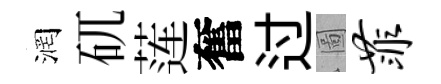
润矹莲奮过圖菲